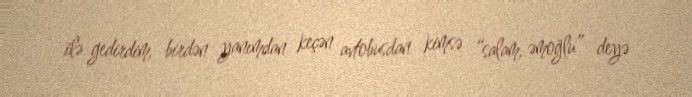
ilə gedirdim, birdən yanımdan keçən avtobusdan kimsə “salam, əmoğlu” deyə